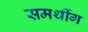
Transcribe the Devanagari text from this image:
समथींग